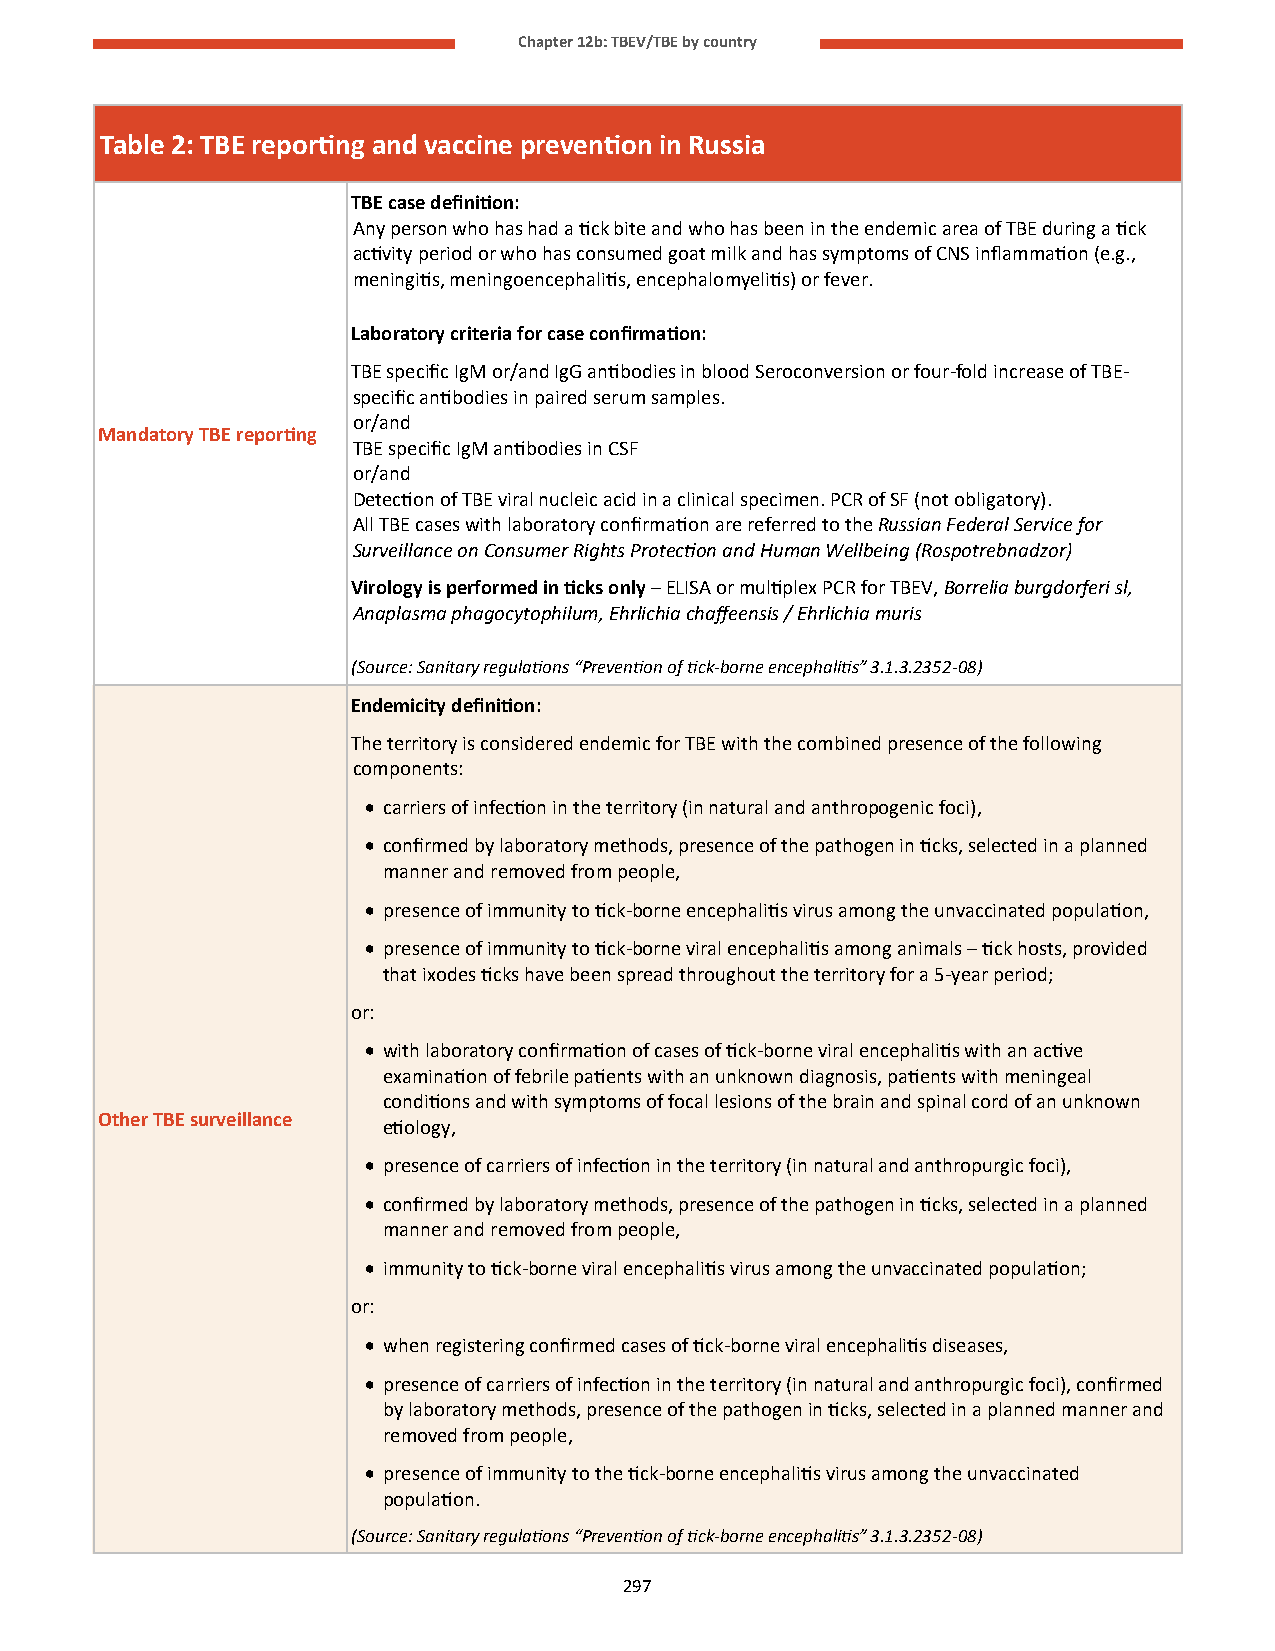
Chapter 12b: TBEV/TBE by country
 Table 2: TBE reporting and vaccine prevention in Russia
 TBE case definition:
 Any person who has had a tick bite and who has been in the endemic area of TBE during a tick
 activity period or who has consumed goat milk and has symptoms of CNS inflammation (e.g.,
 meningitis, meningoencephalitis, encephalomyelitis) or fever.
 Laboratory criteria for case confirmation:
 TBE specific IgM or/and IgG antibodies in blood Seroconversion or four-fold increase of TBE-
 specific antibodies in paired serum samples.
 or/and
 Mandatory TBE reporting
 TBE specific IgM antibodies in CSF
 or/and
 Detection of TBE viral nucleic acid in a clinical specimen. PCR of SF (not obligatory).
 All TBE cases with laboratory confirmation are referred to the Russian Federal Service for
 Surveillance on Consumer Rights Protection and Human Wellbeing (Rospotrebnadzor)
 Virology is performed in ticks only – ELISA or multiplex PCR for TBEV, Borrelia burgdorferi sl,
 Anaplasma phagocytophilum, Ehrlichia chaffeensis / Ehrlichia muris
 (Source: Sanitary regulations “Prevention of tick-borne encephalitis” 3.1.3.2352-08)
 Endemicity definition:
 The territory is considered endemic for TBE with the combined presence of the following
 components:
 • carriers of infection in the territory (in natural and anthropogenic foci),
 • confirmed by laboratory methods, presence of the pathogen in ticks, selected in a planned
 manner and removed from people,
 • presence of immunity to tick-borne encephalitis virus among the unvaccinated population,
 • presence of immunity to tick-borne viral encephalitis among animals – tick hosts, provided
 that ixodes ticks have been spread throughout the territory for a 5-year period;
 or:
 • with laboratory confirmation of cases of tick-borne viral encephalitis with an active
 examination of febrile patients with an unknown diagnosis, patients with meningeal
 conditions and with symptoms of focal lesions of the brain and spinal cord of an unknown
 Other TBE surveillance
 etiology,
 • presence of carriers of infection in the territory (in natural and anthropurgic foci),
 • confirmed by laboratory methods, presence of the pathogen in ticks, selected in a planned
 manner and removed from people,
 • immunity to tick-borne viral encephalitis virus among the unvaccinated population;
 or:
 • when registering confirmed cases of tick-borne viral encephalitis diseases,
 • presence of carriers of infection in the territory (in natural and anthropurgic foci), confirmed
 by laboratory methods, presence of the pathogen in ticks, selected in a planned manner and
 removed from people,
 • presence of immunity to the tick-borne encephalitis virus among the unvaccinated
 population.
 (Source: Sanitary regulations “Prevention of tick-borne encephalitis” 3.1.3.2352-08)
 297